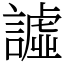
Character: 譃